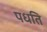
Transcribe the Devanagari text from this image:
पधति